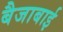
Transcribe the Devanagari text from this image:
बैजाबाई